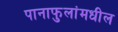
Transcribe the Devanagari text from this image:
पानाफुलांमधील